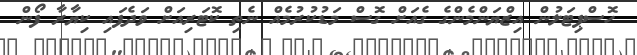
ހޮސްޕިޓަލުން އިޒްޔަންމެންގެ ގެއަށް ގޮސް މަޑުކުރުމެއް ނެތި ކޮޓަރިއަށް ވަދެފައި ކިޔާރާ ފޯން